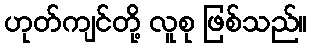
ဟုတ်ကျင်တို့ လူစု ဖြစ်သည်။